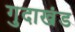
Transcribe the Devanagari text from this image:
गुदाखंड